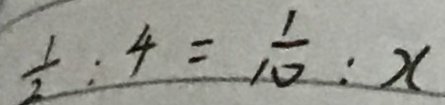
\frac { 1 } { 2 } : 4 = \frac { 1 } { 1 0 } : x